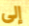
إلى